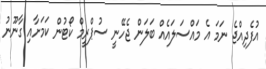
އުފެދިއްޖެ ނަމަ އެ މައްސަލައެއް ބަލަން ޖެހޭނީ ސުޕްރީމް ކޯޓުން ކަމަށާއި ގާނޫނު